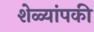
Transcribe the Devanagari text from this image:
शेळ्यांपकी